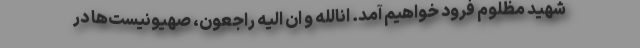
شهید مظلوم فرود خواهیم آمد. انالله و ان الیه راجعون، صهیونیست‌ها در